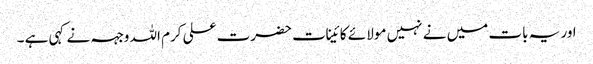
اور یہ بات میں نے نہیں مولا ئے کائینات حضرت علی کرم اللہ وجہہ نے کہی ہے ۔